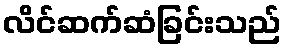
လိင်ဆက်ဆံခြင်းသည်